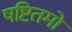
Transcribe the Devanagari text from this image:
षष्टितमो